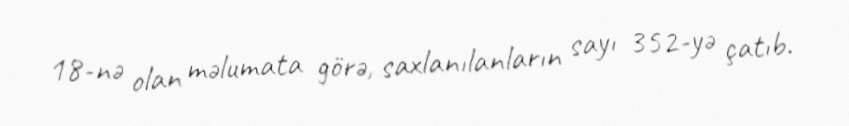
18-nə olan məlumata görə, saxlanılanların sayı 352-yə çatıb.